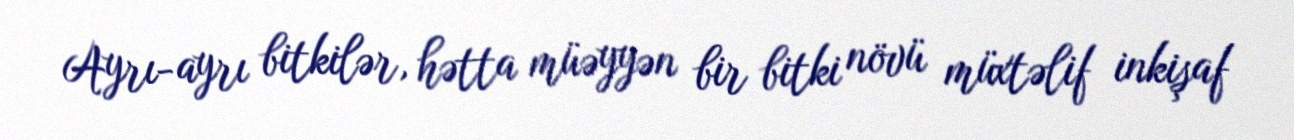
Ayrı-ayrı bitkilər, hətta müəyyən bir bitki növü müxtəlif inkişaf